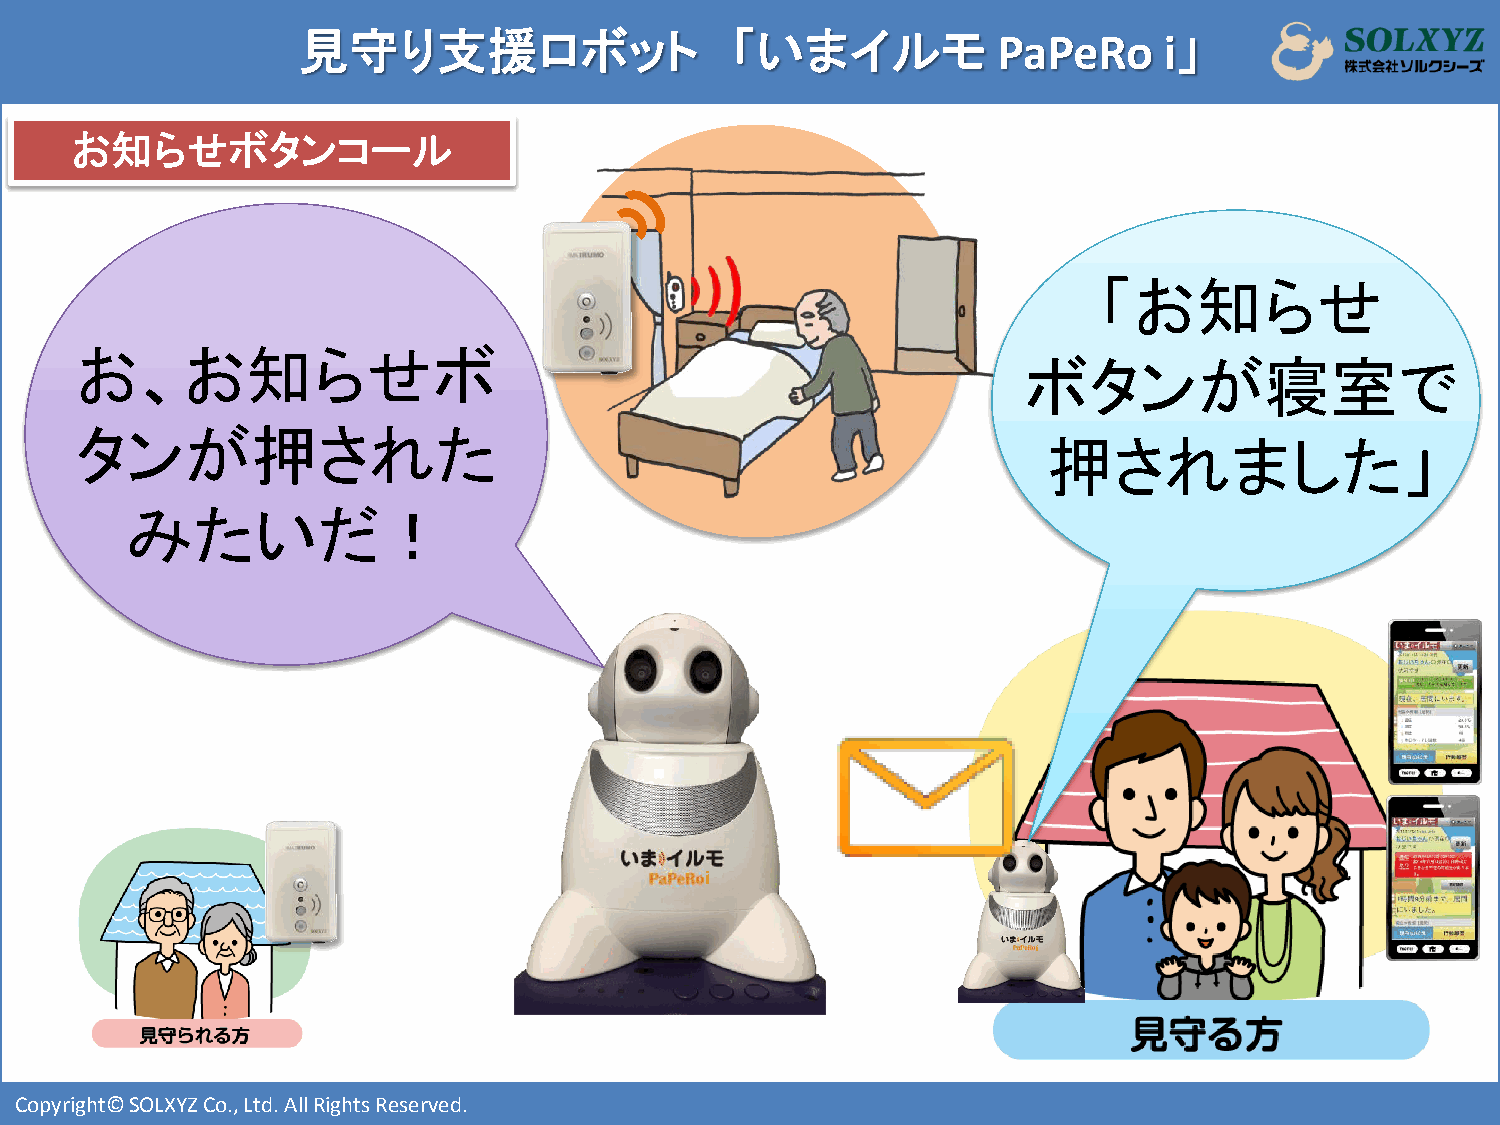
見守り支援ロボット                   「いまイルモ            PaPeRo     i」
 お知らせボタンコール
 「お知らせ
 お、お知らせボ
 ボタンが寝室で
 タンが押された
 押されました」
 みたいだ！
 i
 i
 Copyright© SOLXYZ Co., Ltd. All Rights Reserved.